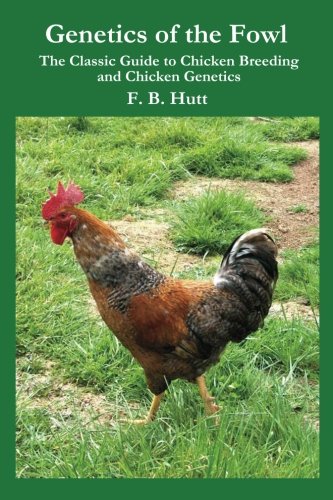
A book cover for Genetics of the Fowl: The Classic Guide to Chicken Genetics and Poultry Breeding; F B Hutt; Crafts, Hobbies & Home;